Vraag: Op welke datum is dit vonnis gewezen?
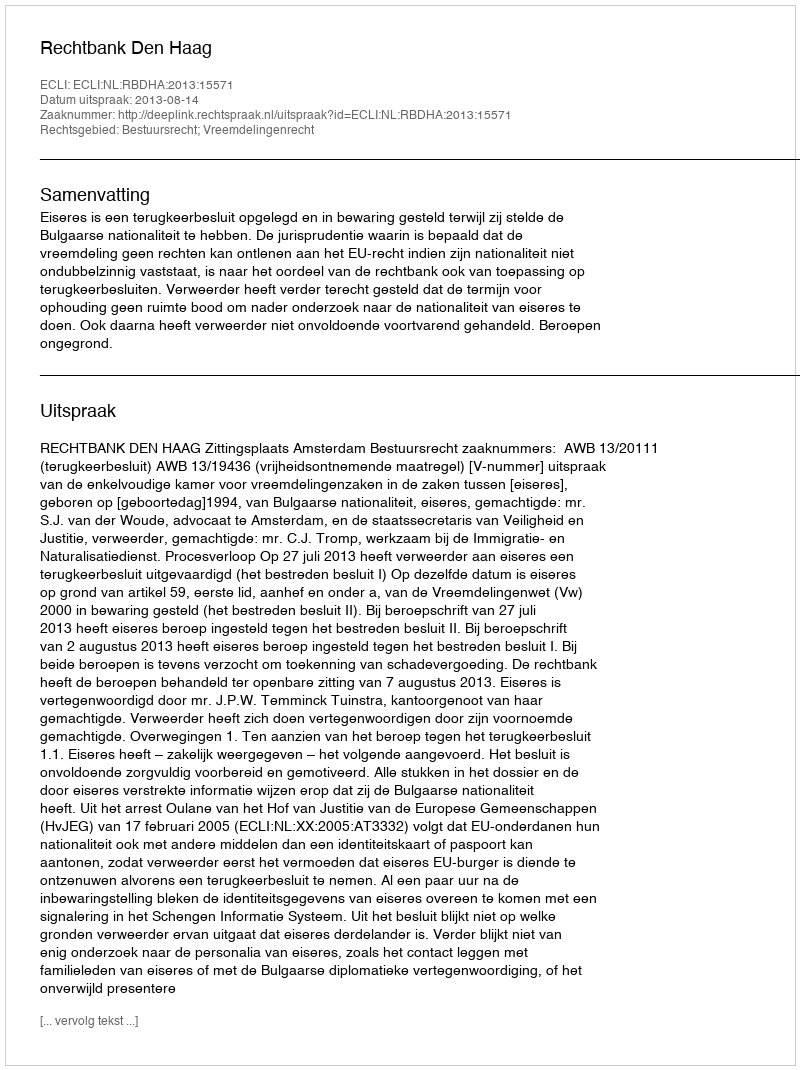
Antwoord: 2013-08-14